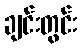
ချင်းတွင်း